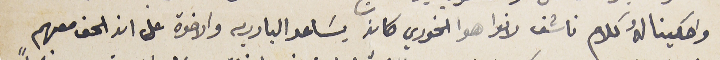
واحكينا لهُ كلام ناشف لانوا هو الخوري كان يسَاعد البادريه والاخوة على ان الحق معهم